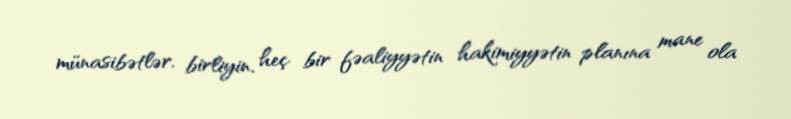
münasibətlər, birliyin, heç bir fəaliyyətin hakimiyyətin planına mane ola